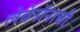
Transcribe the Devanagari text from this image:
लेबेनॉनाची